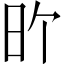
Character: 𪰇